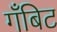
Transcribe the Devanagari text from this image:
गँबिट